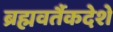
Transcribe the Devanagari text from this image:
ब्रह्मवर्तैकदेशे